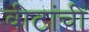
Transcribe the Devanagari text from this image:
वीटांची